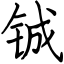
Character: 铖